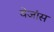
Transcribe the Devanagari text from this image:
वेजांस